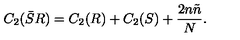
C _ { 2 } ( \bar { S } R ) = C _ { 2 } ( R ) + C _ { 2 } ( S ) + \frac { 2 n \tilde { n } } { N } .